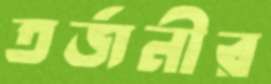
তর্জনীর